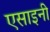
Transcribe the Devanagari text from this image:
एसाइनी